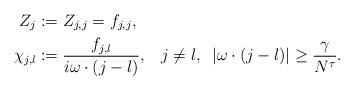
LaTeX: \begin{align*}Z_{j} &:= Z_{j,j} = f_{j,j}, \\\chi_{j,l} &:= \frac{f_{j,l}}{i\omega \cdot(j-l)}, \; \; \; j \neq l, \; \; |\omega \cdot (j-l)| \geq \frac{\gamma}{N^\tau }. \end{align*}